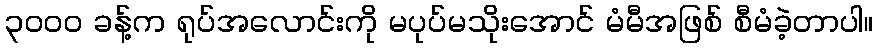
၃၀၀၀ ခန့်က ရုပ်အလောင်းကို မပုပ်မသိုးအောင် မံမီအဖြစ် စီမံခဲ့တာပါ။